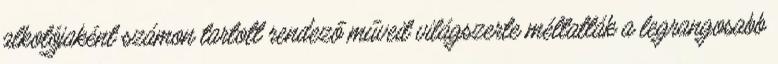
alkotójaként számon tartott rendező műveit világszerte méltatták a legrangosabb